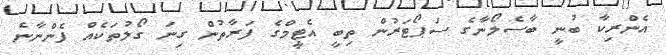
އެންރިކާ ބުނީ ބާސެލޯނާގެ ސަޕޯޓަރުން ތިބީ އެޓީމްގެ ފަރާތުން ގިނަ ގޯލުތަކެއް ފެންނާނެ